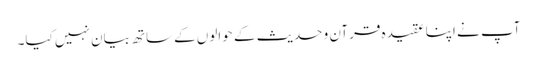
آپ نے اپنا عقیدہ قرآن و حدیث کے حوالوں کےساتھ بیان نہیں کیا۔